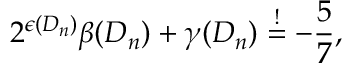
2 ^ { \epsilon ( D _ { n } ) } \beta ( D _ { n } ) + \gamma ( D _ { n } ) \stackrel { ! } { = } - \frac { 5 } { 7 } ,